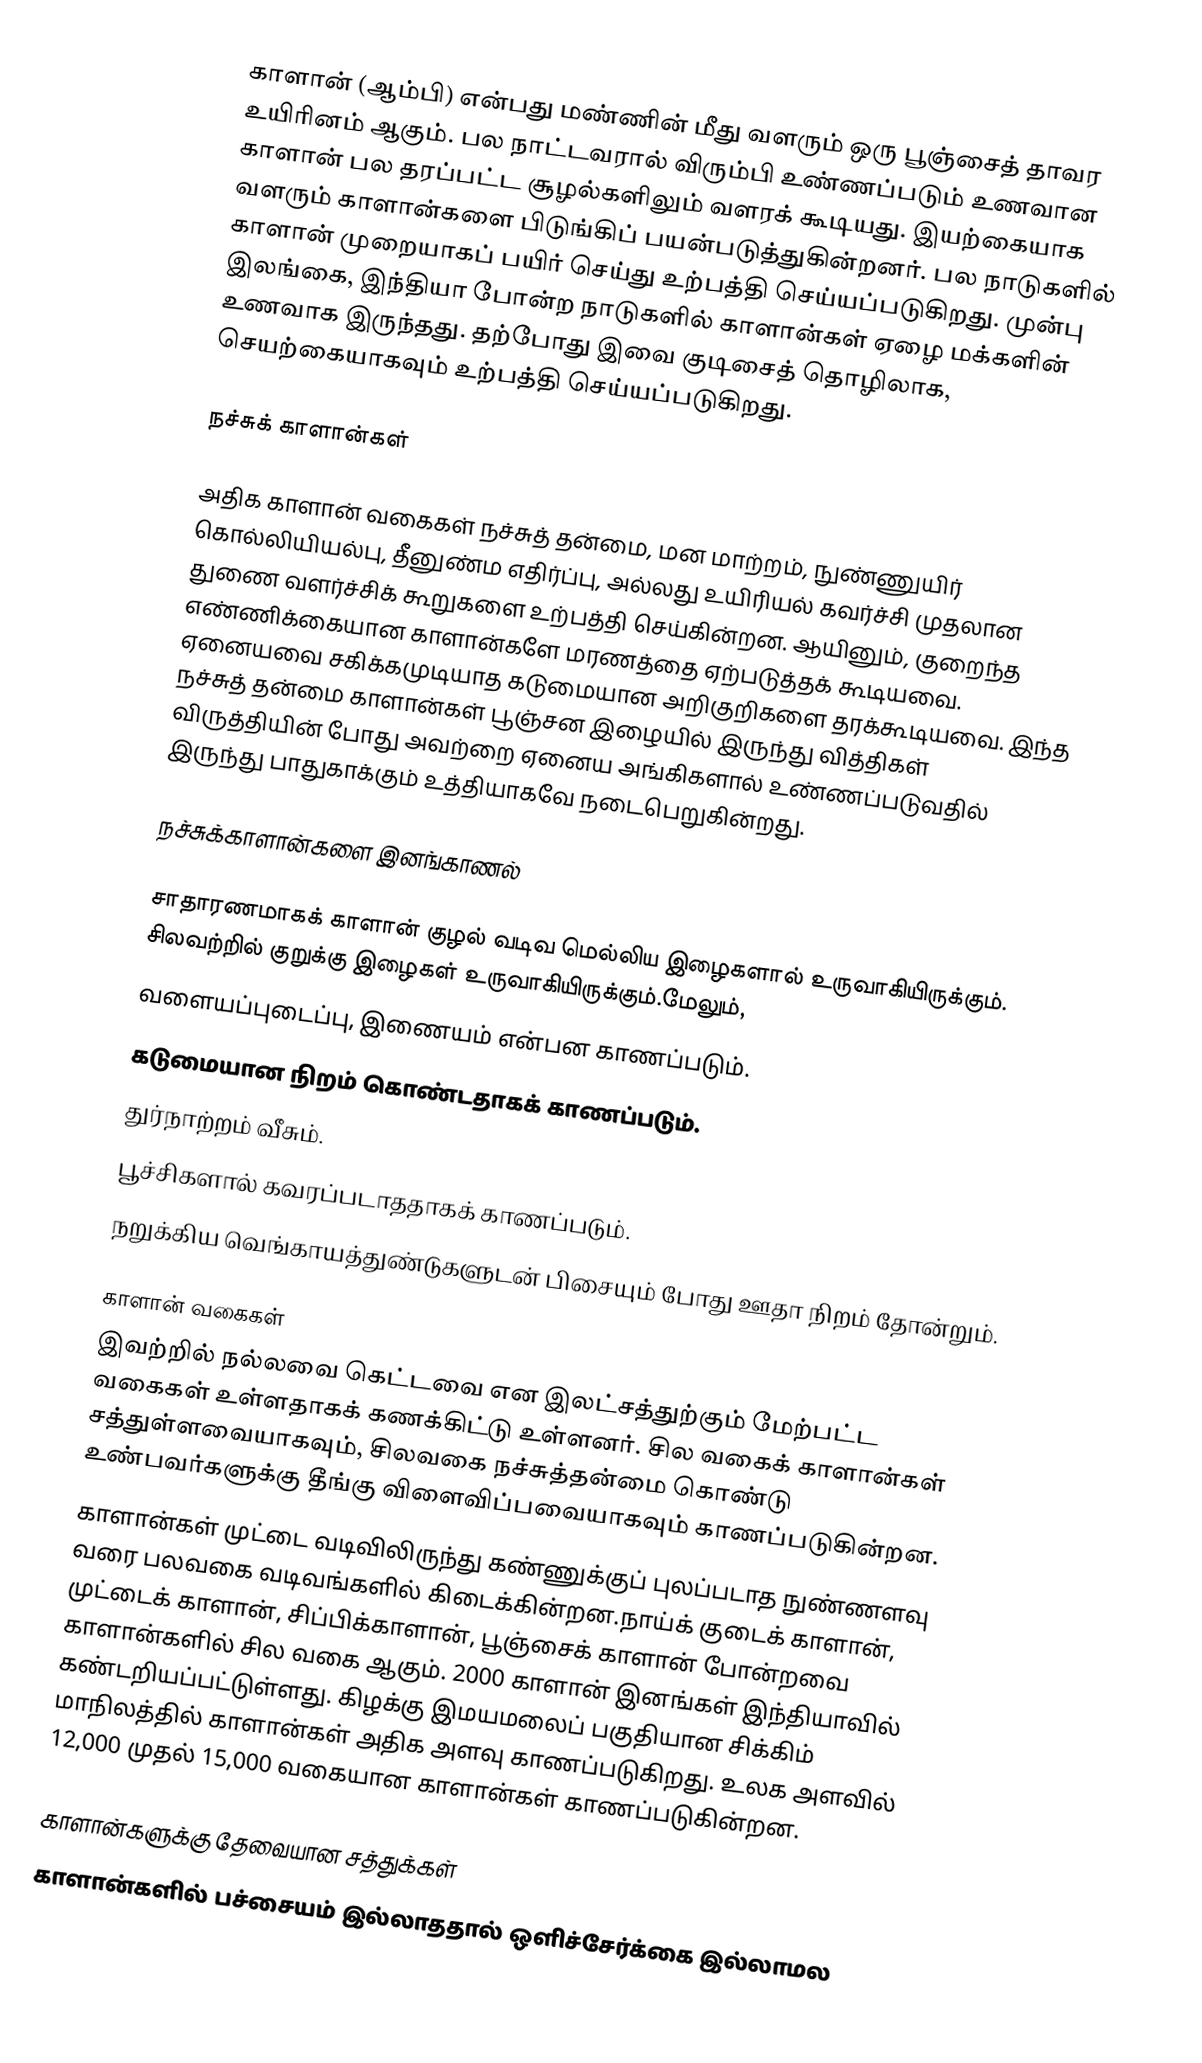
காளான் (ஆம்பி) என்பது மண்ணின் மீது வளரும் ஒரு பூஞ்சைத் தாவர உயிரினம் ஆகும்.  பல நாட்டவரால் விரும்பி உண்ணப்படும் உணவான காளான் பல தரப்பட்ட சூழல்களிலும் வளரக் கூடியது. இயற்கையாக வளரும் காளான்களை பிடுங்கிப் பயன்படுத்துகின்றனர்.  பல நாடுகளில் காளான் முறையாகப் பயிர் செய்து உற்பத்தி செய்யப்படுகிறது. முன்பு இலங்கை, இந்தியா போன்ற நாடுகளில் காளான்கள் ஏழை மக்களின் உணவாக இருந்தது. தற்போது இவை குடிசைத் தொழிலாக, செயற்கையாகவும் உற்பத்தி செய்யப்படுகிறது.

நச்சுக் காளான்கள்

அதிக காளான் வகைகள் நச்சுத் தன்மை, மன மாற்றம், நுண்ணுயிர் கொல்லியியல்பு, தீனுண்ம எதிர்ப்பு, அல்லது உயிரியல் கவர்ச்சி முதலான துணை வளர்ச்சிக் கூறுகளை உற்பத்தி செய்கின்றன. ஆயினும், குறைந்த எண்ணிக்கையான  காளான்களே மரணத்தை ஏற்படுத்தக் கூடியவை. ஏனையவை சகிக்கமுடியாத  கடுமையான அறிகுறிகளை தரக்கூடியவை. இந்த நச்சுத் தன்மை காளான்கள் பூஞ்சன இழையில் இருந்து வித்திகள் விருத்தியின் போது  அவற்றை ஏனைய அங்கிகளால் உண்ணப்படுவதில் இருந்து பாதுகாக்கும் உத்தியாகவே நடைபெறுகின்றது.

நச்சுக்காளான்களை இனங்காணல்

சாதாரணமாகக் காளான் குழல் வடிவ மெல்லிய இழைகளால் உருவாகியிருக்கும். சிலவற்றில் குறுக்கு இழைகள் உருவாகியிருக்கும்.மேலும்,
 வளையப்புடைப்பு,  இணையம் என்பன காணப்படும்.
 கடுமையான நிறம் கொண்டதாகக் காணப்படும்.
 துர்நாற்றம் வீசும்.
 பூச்சிகளால் கவரப்படாததாகக் காணப்படும்.
 நறுக்கிய வெங்காயத்துண்டுகளுடன் பிசையும் போது ஊதா நிறம் தோன்றும்.

காளான் வகைகள்
இவற்றில் நல்லவை கெட்டவை என இலட்சத்துற்கும் மேற்பட்ட வகைகள் உள்ளதாகக் கணக்கிட்டு உள்ளனர். சில வகைக் காளான்கள் சத்துள்ளவையாகவும், சிலவகை நச்சுத்தன்மை கொண்டு உண்பவர்களுக்கு தீங்கு விளைவிப்பவையாகவும் காணப்படுகின்றன.
காளான்கள் முட்டை வடிவிலிருந்து கண்ணுக்குப் புலப்படாத நுண்ணளவு வரை பலவகை வடிவங்களில் கிடைக்கின்றன.நாய்க் குடைக் காளான், முட்டைக் காளான், சிப்பிக்காளான், பூஞ்சைக் காளான் போன்றவை காளான்களில் சில வகை ஆகும்.  2000 காளான் இனங்கள் இந்தியாவில் கண்டறியப்பட்டுள்ளது. கிழக்கு இமயமலைப் பகுதியான சிக்கிம் மாநிலத்தில் காளான்கள் அதிக அளவு காணப்படுகிறது. உலக அளவில் 12,000 முதல் 15,000 வகையான காளான்கள் காணப்படுகின்றன.

காளான்களுக்கு தேவையான சத்துக்கள்
காளான்களில் பச்சையம் இல்லாததால் ஒளிச்சேர்க்கை இல்லாமல